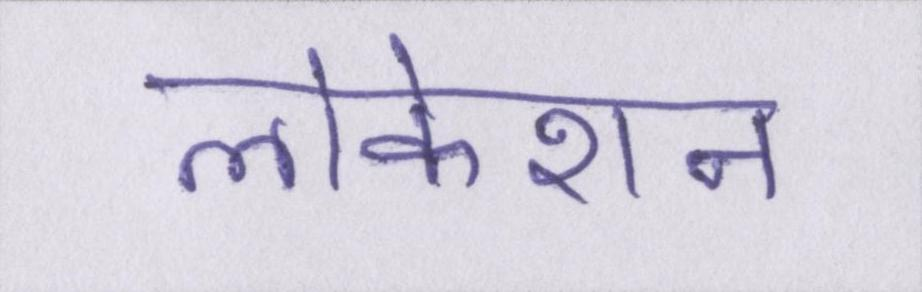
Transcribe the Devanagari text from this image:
लोकेशन